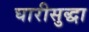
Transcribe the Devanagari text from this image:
घारीसुद्धा